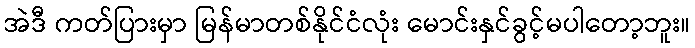
အဲဒီ ကတ်ပြားမှာ မြန်မာတစ်နိုင်ငံလုံး မောင်းနှင်ခွင့်မပါတော့ဘူး။